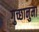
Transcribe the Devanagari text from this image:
गुच्छानुमा